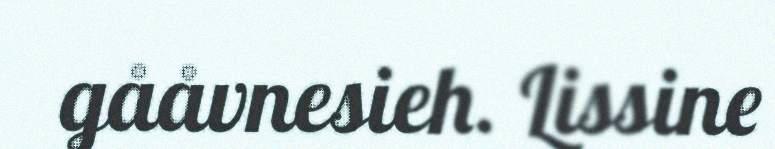
gååvnesieh. Lissine